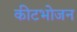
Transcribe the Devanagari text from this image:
कीटभोजन